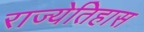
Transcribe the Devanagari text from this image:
राज्येतिहास